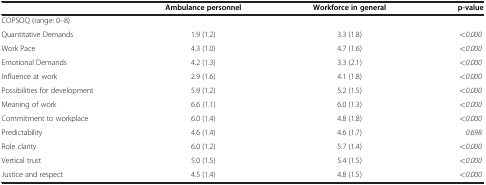
|  | Ambulance personnel | Workforce in general | p-value |
 | --- | --- | --- | --- |
 | <COLSPAN=4> COPSOQ (range: 0–8) |
 | Quantitative Demands | 1.9 (1.2) | 3.3 (1.8) | <0.000 |
 | Work Pace | 4.3 (1.0) | 4.7 (1.6) | <0.000 |
 | Emotional Demands | 4.2 (1.3) | 3.3 (2.1) | <0.000 |
 | Influence at work | 2.9 (1.6) | 4.1 (1.8) | <0.000 |
 | Possibilities for development | 5.9 (1.2) | 5.2 (1.5) | <0.000 |
 | Meaning of work | 6.6 (1.1) | 6.0 (1.3) | <0.000 |
 | Commitment to workplace | 6.0 (1.4) | 4.8 (1.8) | <0.000 |
 | Predictability | 4.6 (1.4) | 4.6 (1.7) | 0.698 |
 | Role clarity | 6.0 (1.2) | 5.7 (1.4) | <0.000 |
 | Vertical trust | 5.0 (1.5) | 5.4 (1.5) | <0.000 |
 | Justice and respect | 4.5 (1.4) | 4.8 (1.5) | <0.000 |